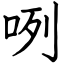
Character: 咧